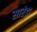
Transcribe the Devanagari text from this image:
सारंडा